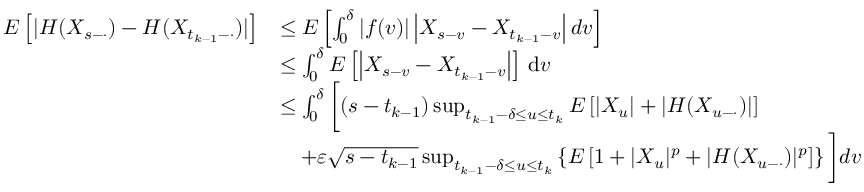
\begin{array} { r l } { E \left[ | H ( X _ { s - \cdot } ) - H ( X _ { t _ { k - 1 } - \cdot } ) | \right] } & { \leq E \left[ \int _ { 0 } ^ { \delta } \left| f ( v ) \right| \left| X _ { s - v } - X _ { t _ { k - 1 } - v } \right| d v \right] } \\ & { \leq \int _ { 0 } ^ { \delta } E \left[ \left| X _ { s - v } - X _ { t _ { k - 1 } - v } \right| \right] \, \mathrm { d } v } \\ & { \leq \int _ { 0 } ^ { \delta } \bigg [ ( s - t _ { k - 1 } ) \operatorname* { s u p } _ { t _ { k - 1 } - \delta \leq u \leq t _ { k } } E \left[ \left| X _ { u } \right| + \left| H ( X _ { u - \cdot } ) \right| \right] } \\ & { \quad + \varepsilon \sqrt { s - t _ { k - 1 } } \operatorname* { s u p } _ { t _ { k - 1 } - \delta \leq u \leq t _ { k } } \left\{ E \left[ 1 + | X _ { u } | ^ { p } + | H ( X _ { u - \cdot } ) | ^ { p } \right] \right\} \bigg ] d v } \end{array}